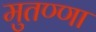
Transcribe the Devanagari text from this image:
मुतण्णा